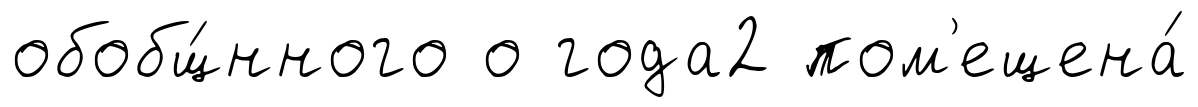
обобщ́нного о года2 пом'ещена́